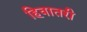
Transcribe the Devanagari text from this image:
हिवातरी